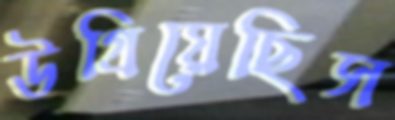
উগ্‌রিয়েছিস